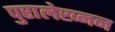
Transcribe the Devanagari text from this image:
पुरालेख्नन